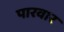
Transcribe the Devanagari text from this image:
पारवार